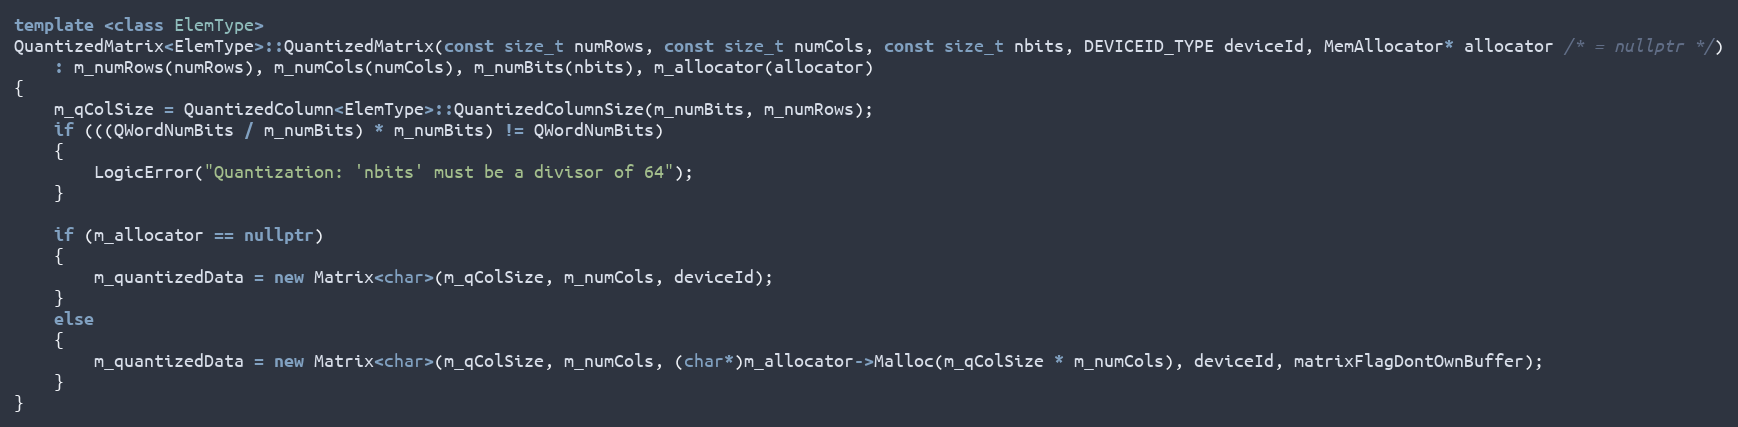
Language: C++
template <class ElemType>
QuantizedMatrix<ElemType>::QuantizedMatrix(const size_t numRows, const size_t numCols, const size_t nbits, DEVICEID_TYPE deviceId, MemAllocator* allocator /* = nullptr */)
    : m_numRows(numRows), m_numCols(numCols), m_numBits(nbits), m_allocator(allocator)
{
    m_qColSize = QuantizedColumn<ElemType>::QuantizedColumnSize(m_numBits, m_numRows);
    if (((QWordNumBits / m_numBits) * m_numBits) != QWordNumBits)
    {
        LogicError("Quantization: 'nbits' must be a divisor of 64");
    }

    if (m_allocator == nullptr)
    {
        m_quantizedData = new Matrix<char>(m_qColSize, m_numCols, deviceId);
    }
    else
    {
        m_quantizedData = new Matrix<char>(m_qColSize, m_numCols, (char*)m_allocator->Malloc(m_qColSize * m_numCols), deviceId, matrixFlagDontOwnBuffer);
    }
}